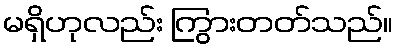
မရှိဟုလည်း ကြွားတတ်သည်။